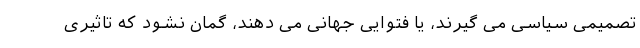
تصمیمی سیاسی می گیرند، یا فتوایی جهانی می دهند، گمان نشود که تاثیری